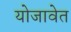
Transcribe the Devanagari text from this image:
योजावेत